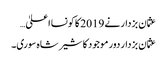
عثمان بزدار نے 2019 کا کونسا اعلیٰ…
عثمان بزدار دور موجود کا شیر شاہ سوری۔